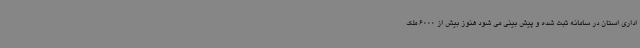
اداری استان در سامانه ثبت شده و پیش بینی می شود هنوز بیش از 6000 ملک